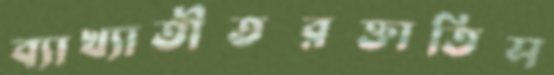
ব্যাখ্যাতীতরক্তাতিস